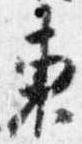
東